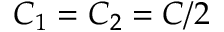
C _ { 1 } = C _ { 2 } = C / 2